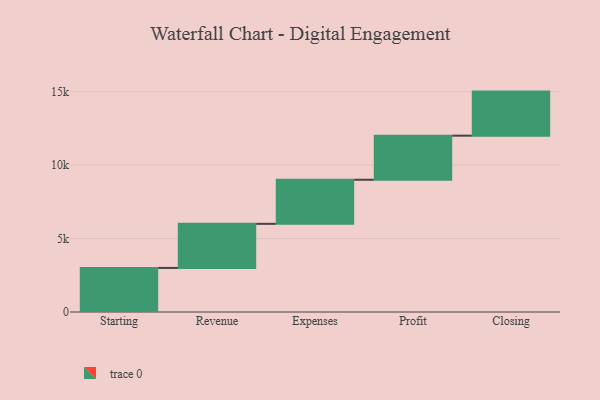
{"axis": {"x": "Step", "y": "Value"}, "legend": [""], "data": [{"x": "Starting", "y": 3000, "type": ""}, {"x": "Revenue", "y": 3000, "type": ""}, {"x": "Expenses", "y": 3000, "type": ""}, {"x": "Profit", "y": 3000, "type": ""}, {"x": "Closing", "y": 3000, "type": ""}]}